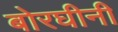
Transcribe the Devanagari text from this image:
बोरघीनी